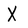
Character: X